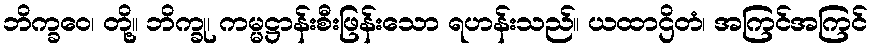
ဘိက္ခဝေ၊ တို့။ ဘိက္ခု၊ ကမ္မဋ္ဌာန်းစီးဖြန်းသော ရဟန်းသည်။ ယထာဌိတံ၊ အကြင်အကြင်